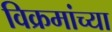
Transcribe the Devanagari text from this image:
विक्रमांच्या